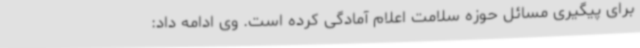
برای پیگیری مسائل حوزه سلامت اعلام آمادگی کرده است. وی ادامه داد: